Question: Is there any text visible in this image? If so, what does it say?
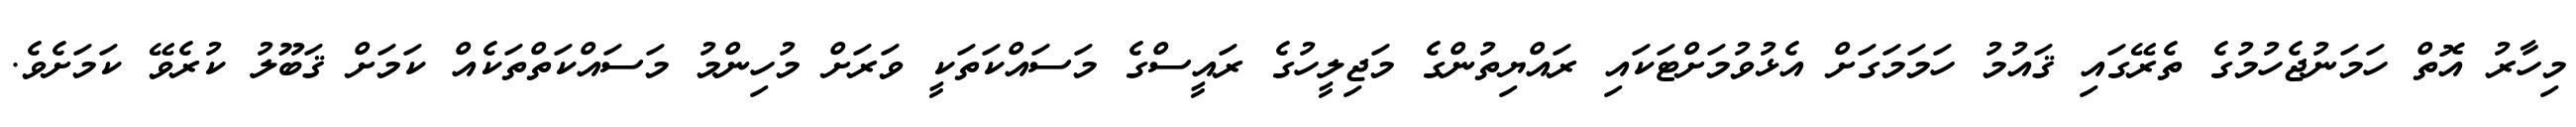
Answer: މިހާރު އޮތް ހަމަނުޖެހުމުގެ ތެރޭގައި ޤައުމު ހަމަމަގަށް އެޅުވުމަށްޓަކައި ރައްޔިތުންގެ މަޖިލީހުގެ ރައީސްގެ މަސައްކަތަކީ ވަރަށް މުހިންމު މަސައްކަތްތަކެއް ކަމަށް ޤަބޫލު ކުރެވޭ ކަމަށެވެ.